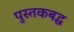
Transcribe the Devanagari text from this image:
पुस्तकबद्ध